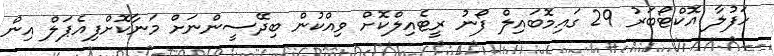
ހަފުލާ އޮކްޓޯބަރު 29 ގައިމޮބައިލް ފޯނު ރީޓެއިލްކޮށް ވިއްކުން ބިދޭސީންނަށް މަނާކޮށްފިއެޕަލް އިން